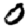
Digit: 0